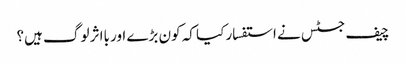
چیف جسٹس نے استفسار کیا کہ کون بڑے اور بااثر لوگ ہیں؟